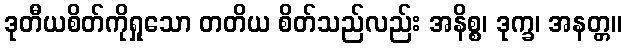
ဒုတီယစိတ်ကိုရှုသော တတိယ စိတ်သည်လည်း အနိစ္စ၊ ဒုက္ခ၊ အနတ္တ။